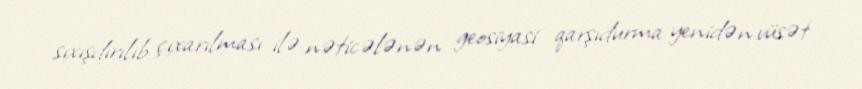
sıxışdırılıb çıxarılması ilə nəticələnən geosiyasi qarşıdurma yenidən vüsət